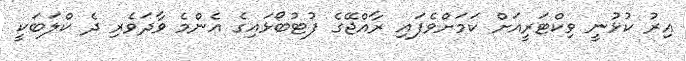
އިރު ކުޅުނީ ވިކްޓަރީއަށް ކަމަށްވެފައި ރާއްޖޭގެ ފުޓުބޯޅައިގެ އެންމެ ވާދަވެރި ދެ ކްލަބަކީ